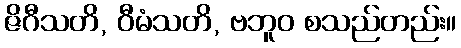
ဇိဂီသတိ, ဝီမံသတိ, ဗဘူဝ စသည်တည်း။